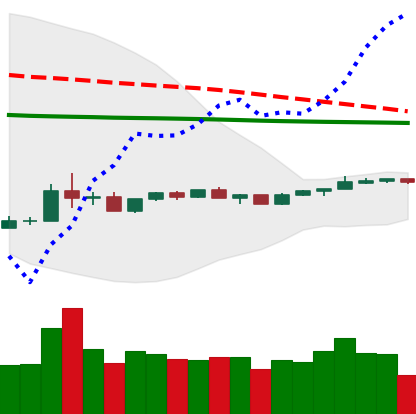
Ticker: ADA-USD
Chart end date: 2020-04-05
Forward return: 3.787%
Label: up_3_5